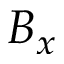
B _ { x }